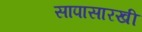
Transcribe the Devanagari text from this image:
सापासारखी